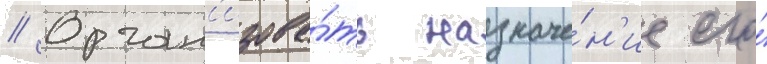
// Орган'изова́ть назначе́н'ие его́